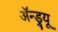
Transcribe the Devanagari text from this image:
अॅन्ड्र्यू